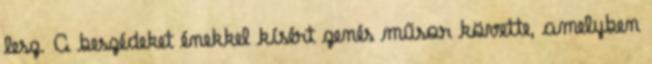
lesz. A beszédeket énekkel kísért zenés műsor követte, amelyben